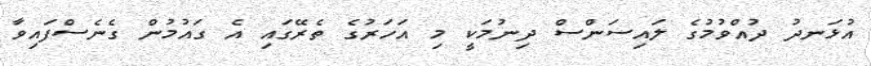
އުޅަނދު ދުއްވުމުގެ ލައިސަންސް ދިނުމަކީ މި އަހަރުގެ ތެރޭގައި އެ ގައުމުން ގެނެސްފައިވާ